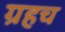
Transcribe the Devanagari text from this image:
ग्रहच